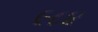
૯૮૪